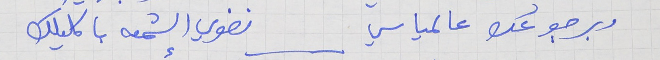
وبرجوعك عالمياسي     نضوي الشمعه باكليلك